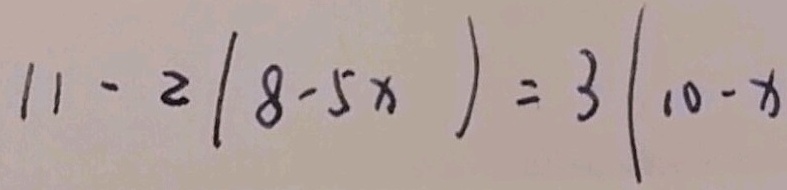
1 1 - 2 ( 8 - 5 x ) = 3 ( 1 0 - x